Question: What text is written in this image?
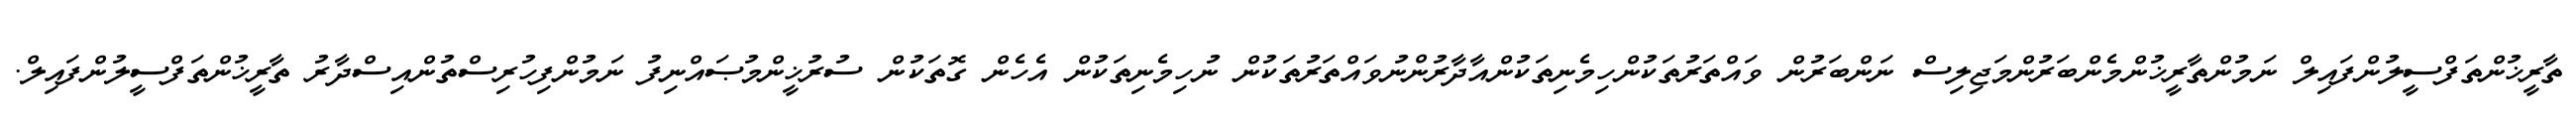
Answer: ތާރީޚުންތަފްސީލުންފައިލް ނަމުންތާރީޚުންމެންބަރުންމަޖިލިސް ނަންބަރުން ވައްތަރުތަކުންހިމެނިތަކުންއާދާރުންނުވައްތަރުތަކުން ނުހިމެނިތަކުން އެހެން ގޮތަކުން ސުރުޚީންމުޞައްނިފު ނަމުންފިހުރިސްތުންއިސްދާރު ތާރީޚުންތަފްސީލުންފައިލް.